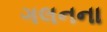
ગલનના